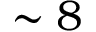
\sim 8